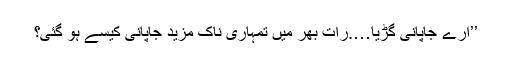
’’ارے جاپانی گڑیا….رات بھر میں تمہاری ناک مزید جاپانی کیسے ہو گئی؟